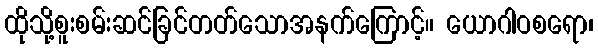
ထိုသို့စူးစမ်းဆင်ခြင်တတ်သောအနက်ကြောင့်။ ယောဂါဝစရော၊